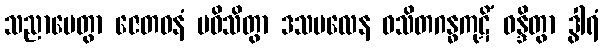
သညာပေတွာ ဇေတဝနံ ပဝိသိတွာ ဒသဗလေန ဝသိတဂန္ဓကုဋိံ ဝန္ဒိတွာ ဒွါရံ